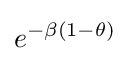
e^{-\beta (1-\theta )}